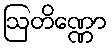
ဩတိဏ္ဏော